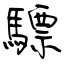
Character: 驃